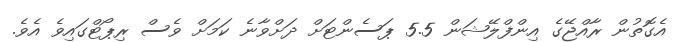
އެގޮތުން ރާއްޖޭގެ އިންފްލޭޝަން 5.5 ޕަސެންޓަށް ދަށްވާނެ ކަމަށް ވެސް ރިޕޯޓްގައިވެ އެވެ.